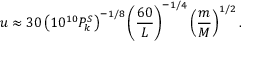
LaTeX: u \approx 3 0 \left( 1 0 ^ { 1 0 } P _ { k } ^ { S } \right) ^ { - 1 / 8 } \left( { \frac { 6 0 } { L } } \right) ^ { - 1 / 4 } \left( { \frac { m } { M } } \right) ^ { 1 / 2 } .